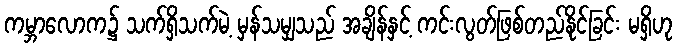
ကမ္ဘာလောက၌ သက်ရှိသက်မဲ့ မှန်သမျှသည် အချိန်နှင့် ကင်းလွတ်ဖြစ်တည်နိုင်ခြင်း မရှိဟု